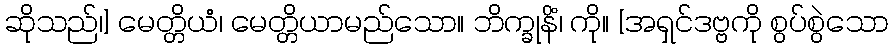
ဆိုသည်၊] မေတ္တိယံ၊ မေတ္တိယာမည်သော။ ဘိက္ခုနိံ၊ ကို။ [အရှင်ဒဗ္ဗကို စွပ်စွဲသော